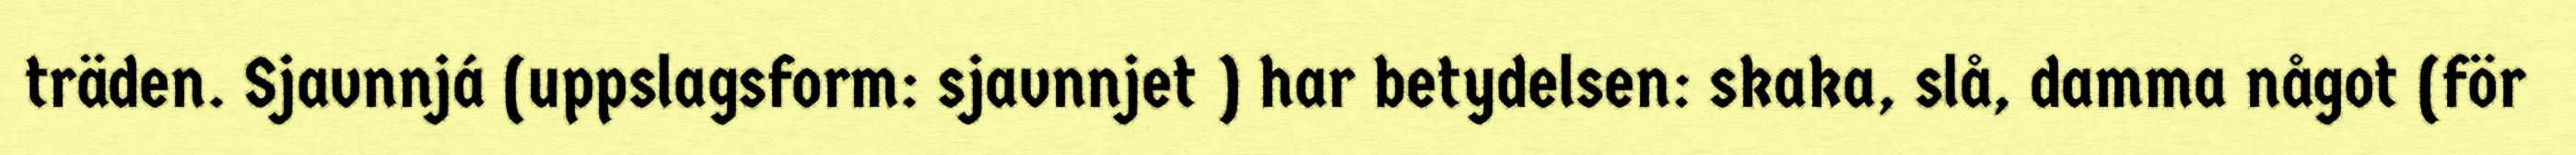
träden. Sjavnnjá (uppslagsform: sjavnnjet ) har betydelsen: skaka, slå, damma något (för